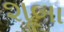
શૂબા